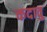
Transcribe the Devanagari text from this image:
कदावु